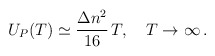
\begin{align*}U_P(T)\simeq \frac{\Delta n^2}{16}\,T, \quad T \to \infty\,{.}\end{align*}